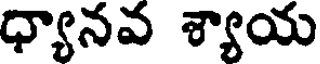
ధ్యానవ శ్యాయ